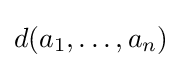
d(a_{1},\ldots ,a_{n})